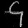
Digit: ၄